Lunatic asylums Central Provinces reports 1886-1894 - 1886-1894
Year: 1886
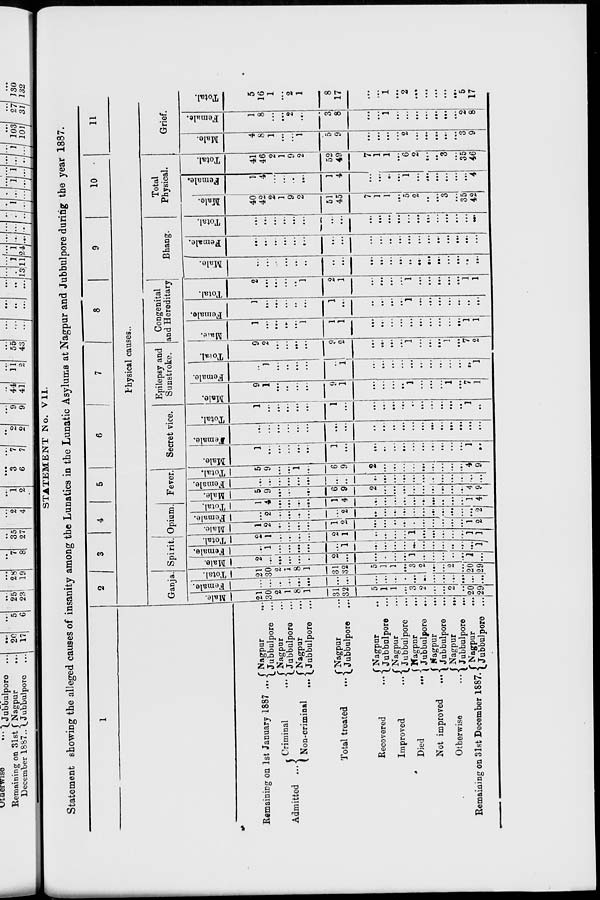
STATEMENT No. VII.
Statement showing the alleged causes of insanity among the Lunatics in the Lunatic Asylums at Nagpur and Jubbulpore during the year 1887.
1
Remaining on 1st January 1887 ...
Admitted ...
Criminal
...
Non-criminal
...
Total treated ...
Recovered
...
Improved
...
Died
...
Not improved
...
Otherwise ...
Remaining on 31st December 1887.
Nagpur ...
Jubbulpore ...
Nagpur ...
Jubbulpore ...
Nagpur ...
Jubbulpore ...
Nagpur ...
Jubbulpore ...
Nagpur ...
Jubbulpore ...
Nagpur ...
Jubbulpore ...
Nagpur ...
Jubbulpore ...
Nagpur ...
Jubbulpore ...
Nagpur
...
Jubbulpore ...
Nagpur
...
Jubbulpore ...
2
3
4
5
6
7
8
9
10
11
Physical causes.
Ganja.
Male.
21
30
2
1
8
1
31
32
5
1
1
...
3
2
...
...
2
...
20
29
Female.
...
...
...
...
...
...
...
...
...
...
...
...
...
...
...
...
...
...
...
...
Total.
21
30
2
1
8
1
31
32
5
1
1
...
3
2
...
...
2
...
20
29
Spirit.
Male.
2
...
...
...
...
...
2
...
...
...
...
...
1
...
...
...
...
...
1
...
Female.
...
1
...
...
...
...
...
1
...
...
...
...
...
...
...
...
...
...
...
1
Total.
2
1
...
...
...
...
2
1
...
...
...
...
1
...
...
...
...
...
1
1
Opium.
Male.
1
2
...
...
...
...
1
2
...
...
...
...
...
...
...
...
...
...
1
2
Female.
...
2
...
...
...
...
...
2
...
...
...
...
...
...
...
...
...
...
...
2
Total.
1
4
...
...
...
...
1
4
...
...
...
...
...
...
...
...
...
...
1
4
Fever.
Male.
5
9
...
...
1
...
6
9
2
...
...
...
...
...
...
...
...
...
4
9
Female.
...
...
...
...
...
...
...
...
...
...
...
...
...
...
...
...
...
...
...
...
Total.
5
9
...
...
1
...
6
9
2
...
...
...
...
...
...
...
...
...
4
9
Secret vice.
Male.
1
...
...
...
...
...
1
...
...
...
...
...
...
...
...
...
...
...
1
...
Female.
...
...
...
...
...
...
...
...
...
...
...
...
...
...
...
...
...
...
...
...
Total.
1
...
...
...
...
...
1
...
...
...
...
...
...
...
...
...
...
...
1
...
Epilepsy and
Sunstroke.
Male.
9
1
...
...
...
...
9
1
...
...
...
...
1
...
...
...
1
...
7
1
Female.
...
1
...
...
...
...
...
1
...
...
...
...
...
...
...
...
...
...
...
1
Total.
9
2
...
...
...
...
9
2
...
...
...
...
1
...
...
...
1
...
7
2
Congenital
and Hereditary
Male.
1
...
...
...
...
1
1
1
...
...
...
...
...
...
...
...
...
...
1
1
Female.
1
...
...
...
...
...
1
...
...
...
...
...
1
...
...
...
...
...
...
...
Total.
2
...
...
...
...
1
2
1
...
...
...
...
1
...
...
...
...
...
1
1
Bhang.
Male.
...
...
...
...
...
...
...
...
...
...
...
...
...
...
...
...
...
...
...
...
Female.
...
...
...
...
...
...
...
...
...
...
...
...
...
...
...
...
...
...
...
...
Total.
...
...
...
...
...
...
...
...
...
...
...
...
...
...
...
...
...
...
...
...
Total
Physical.
Male.
40
42
2
1
9
2
51
45
7
1
1
...
5
2
...
...
3
...
35
42
Female.
1
4
...
...
...
...
1
4
...
...
...
...
1
...
...
...
...
...
...
4
Total.
41
46
2
1
9
2
52
49
7
1
1
...
6
2
...
...
3
...
35
46
Grief.
Male.
4
8
1
...
...
1
5
9
...
...
...
...
2
...
...
...
...
...
3
9
Female.
1
8
...
...
2
...
3
8
...
...
1
...
...
...
...
...
...
...
2
8
Total.
5
16
1
...
2
1
8
17
...
...
1
...
2
...
...
...
...
...
5
17